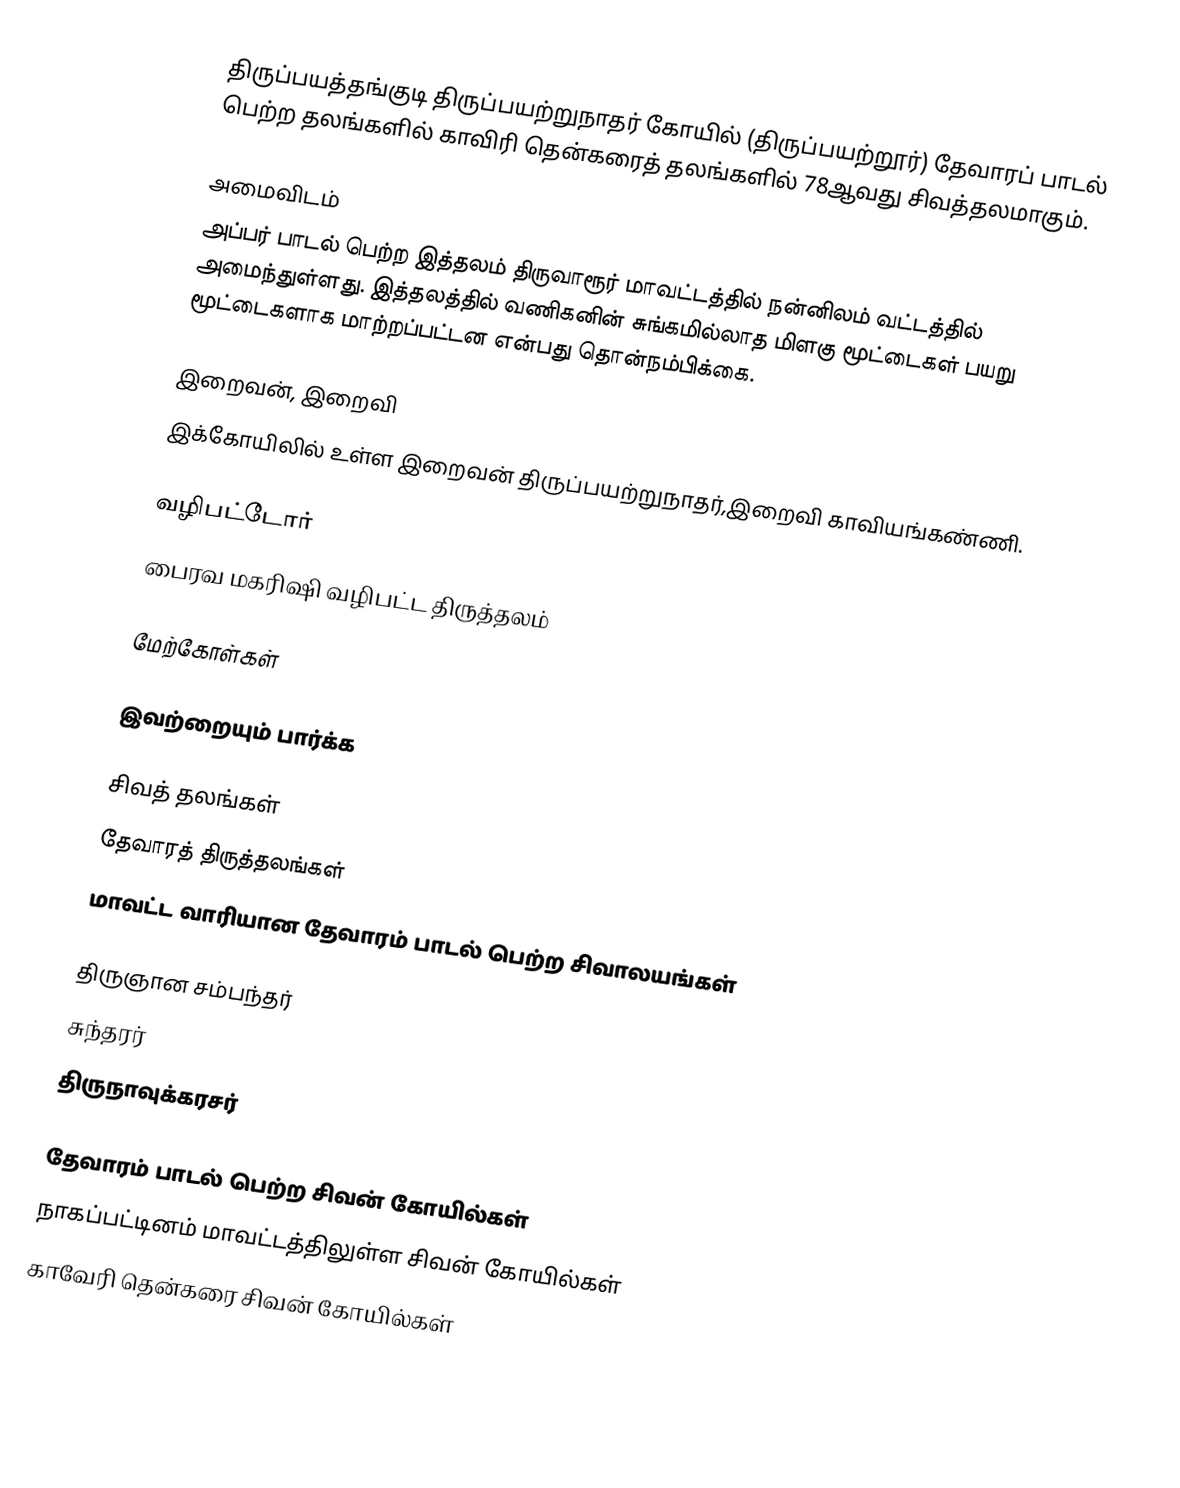
திருப்பயத்தங்குடி திருப்பயற்றுநாதர் கோயில் (திருப்பயற்றூர்) தேவாரப் பாடல் பெற்ற தலங்களில் காவிரி தென்கரைத் தலங்களில் 78ஆவது சிவத்தலமாகும்.

அமைவிடம்
அப்பர் பாடல் பெற்ற இத்தலம் திருவாரூர் மாவட்டத்தில்  நன்னிலம் வட்டத்தில் அமைந்துள்ளது. இத்தலத்தில் வணிகனின் சுங்கமில்லாத மிளகு மூட்டைகள் பயறு மூட்டைகளாக மாற்றப்பட்டன என்பது தொன்நம்பிக்கை.

இறைவன், இறைவி
இக்கோயிலில் உள்ள இறைவன் திருப்பயற்றுநாதர்,இறைவி காவியங்கண்ணி.

வழிபட்டோர்
பைரவ மகரிஷி வழிபட்ட திருத்தலம்

மேற்கோள்கள்

இவற்றையும் பார்க்க

 சிவத் தலங்கள்
 தேவாரத் திருத்தலங்கள்
 மாவட்ட வாரியான தேவாரம் பாடல் பெற்ற சிவாலயங்கள்

 திருஞான சம்பந்தர்
 சுந்தரர்
 திருநாவுக்கரசர்

தேவாரம் பாடல் பெற்ற சிவன் கோயில்கள்
நாகப்பட்டினம் மாவட்டத்திலுள்ள சிவன் கோயில்கள்
காவேரி தென்கரை சிவன் கோயில்கள்